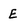
Character: E